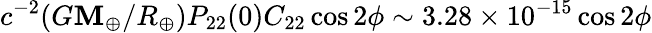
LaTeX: c^{-2}(G\mathbf{M}_{\oplus}/R_{\oplus})P_{22}(0)C_{22}\cos2\phi\sim3.28\times10^{-15}\cos2\phi